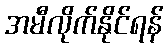
အမီလိုက်နိုင်ရန်